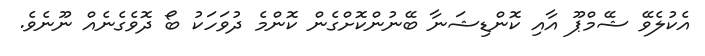
އެކުލެވޭ ޝޭމްޕޫ އާއި ކޮންޑިޝަނާ ބޭނުންކޮށްގެން ކޮންމެ ދުވަހަކު ބޯ ދޮވެގެނެއް ނޫނެވެ.